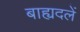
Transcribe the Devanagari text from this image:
बाह्यदलें